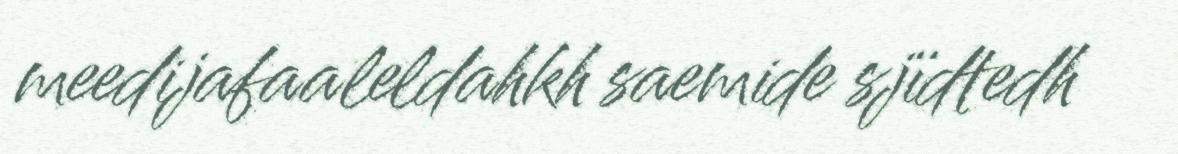
meedijafaaleldahkh saemide sjïdtedh